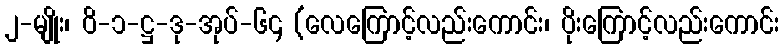
၂-မျိုး၊ ဝိ-၁-ဋ္ဌ-ဒု-အုပ်-၆၄ (လေကြောင့်လည်းကောင်း၊ ပိုးကြောင့်လည်းကောင်း